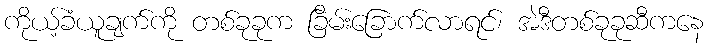
ကိုယ့်ခံယူချက်ကို တစ်ခုခုက ခြိမ်းခြောက်လာရင်၊ အဲဒီတစ်ခုခုဆီကနေ